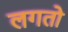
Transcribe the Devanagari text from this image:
लगतो